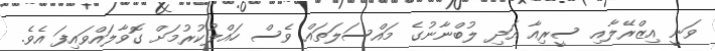
ވަނީ އިޒްރޭލާއި ސީރިއާ އަދި ލުބްނާނުގެ މައްސަލަތައް ވެސް ހައްލުކުރުމަށް ގޮވާލައްވައިފަ އެވެ.